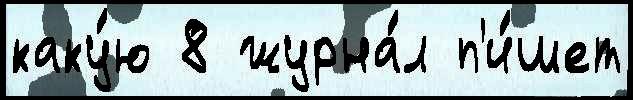
каку́ю 8 журна́л п'и́шет